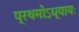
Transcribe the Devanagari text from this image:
प्रथमोऽध्यायः